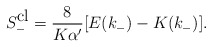
\begin{align*}S_-^{\mbox{cl}}=\frac{8}{K\alpha'}[E(k_-)-K(k_-)].\end{align*}